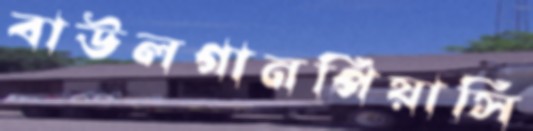
বাউলগানপিয়াসি